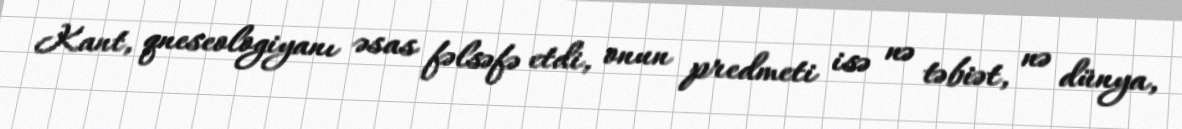
Kant, qneseologiyanı əsas fəlsəfə etdi, onun predmeti isə nə təbiət, nə dünya,